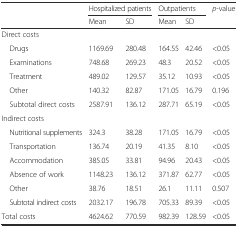
| <ROWSPAN=2>  | <COLSPAN=2> Hospitalized patients | <COLSPAN=2> Outpatients | <ROWSPAN=2> p-value |
 | Mean | SD | Mean | SD |
 | --- | --- | --- | --- | --- | --- |
 | Direct costs |  |  |  |  |  |
 | Drugs | 1169.69 | 280.48 | 164.55 | 42.46 | <0.05 |
 | Examinations | 748.68 | 269.23 | 48.3 | 20.52 | <0.05 |
 | Treatment | 489.02 | 129.57 | 35.12 | 10.93 | <0.05 |
 | Other | 140.32 | 82.87 | 171.05 | 16.79 | 0.196 |
 | Subtotal direct costs | 2587.91 | 136.12 | 287.71 | 65.19 | <0.05 |
 | Indirect costs |  |  |  |  |  |
 | Nutritional supplements | 324.3 | 38.28 | 171.05 | 16.79 | <0.05 |
 | Transportation | 136.74 | 20.19 | 41.35 | 8.10 | <0.05 |
 | Accommodation | 385.05 | 33.81 | 94.96 | 20.43 | <0.05 |
 | Absence of work | 1148.23 | 136.12 | 371.87 | 62.77 | <0.05 |
 | Other | 38.76 | 18.51 | 26.1 | 11.11 | 0.507 |
 | Subtotal indirect costs | 2032.17 | 196.78 | 705.33 | 89.39 | <0.05 |
 | Total costs | 4624.62 | 770.59 | 982.39 | 128.59 | <0.05 |